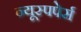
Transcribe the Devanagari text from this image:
न्यूस्पपेर्स